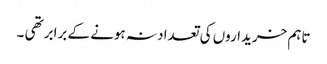
تاہم خریداروں کی تعداد نہ ہونے کے برابر تھی ۔